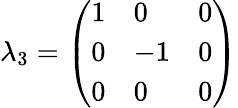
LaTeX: \lambda_{3}={\left(\begin{array}{lll}{1}&{0}&{0}\\ {0}&{-1}&{0}\\ {0}&{0}&{0}\end{array}\right)}